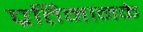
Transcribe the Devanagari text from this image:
प्रतिमानके